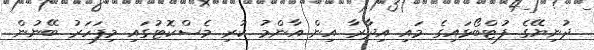
ދުނިޔޭގެ ފުޓްބޯޅައިގެ މައި އިދާރާ އިން އާންމު ކުރި މެސްކޮޓުގައި މިފަހަރު ބޭނުން